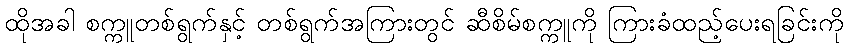
ထိုအခါ စက္ကူတစ်ရွက်နှင့် တစ်ရွက်အကြားတွင် ဆီစိမ်စက္ကူကို ကြားခံထည့်ပေးရခြင်းကို